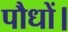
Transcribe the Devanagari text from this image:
पौधों।